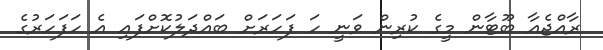
ރާއްޖެއާ ބޫޓާން މީގެ ކުރިން ވަނީ ހަ ފަހަރަށް ބައްދަލުކޮށްފައި އެ ހަފަހަރުގެ